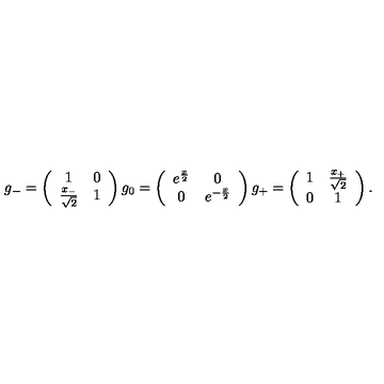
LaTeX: g _ { - } = \left( \begin{array} { c c } { 1 } & { 0 } \\ { \frac { x _ { - } } { \sqrt { 2 } } } & { 1 } \\ \end{array} \right) g _ { 0 } = \left( \begin{array} { c c } { e ^ { \frac { x } { 2 } } } & { 0 } \\ { 0 } & { e ^ { - \frac { x } { 2 } } } \\ \end{array} \right) g _ { + } = \left( \begin{array} { c c } { 1 } & { \frac { x _ { + } } { \sqrt { 2 } } } \\ { 0 } & { 1 } \\ \end{array} \right) .